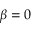
\beta = 0